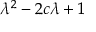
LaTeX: \lambda ^ { 2 } - 2 c \lambda + 1